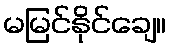
မမြင်နိုင်ချေ။